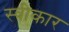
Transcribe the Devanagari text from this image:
स्वीकार